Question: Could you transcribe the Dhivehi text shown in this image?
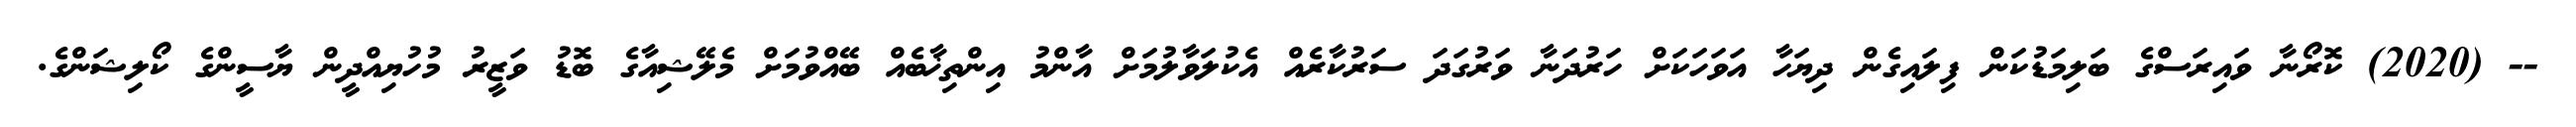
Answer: -- (2020) ކޮރޯނާ ވައިރަސްގެ ބަލިމަޑުކަން ފިލައިގެން ދިޔަހާ އަވަހަކަށް ހަރުދަނާ ވަރުގަދަ ސަރުކާރެއް އެކުލަވާލުމަށް އާންމު އިންތިޚާބެއް ބޭއްވުމަށް މެލޭޝިއާގެ ބޮޑު ވަޒީރު މުހުޔިއްދީން ޔާސީންގެ ކޯލިޝަންގެ.